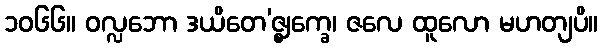
၁၀၆၆။ ဝလ္လဘော ဒယိတေ’ဇ္ဈက္ခေ၊ ဇလေ ထူလော မဟတျပိ။